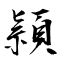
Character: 頴